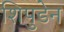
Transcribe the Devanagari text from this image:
शिपुडेन